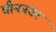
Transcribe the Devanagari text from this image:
चीननंतर